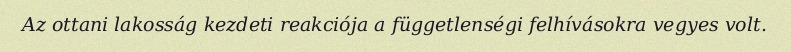
Az ottani lakosság kezdeti reakciója a függetlenségi felhívásokra vegyes volt.